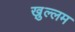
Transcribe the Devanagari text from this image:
ख़ुल्लम